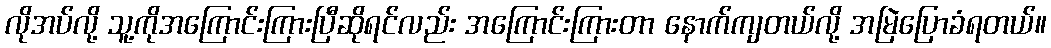
လိုအပ်လို့ သူ့ကိုအကြောင်းကြားပြီဆိုရင်လည်း အကြောင်းကြားတာ နောက်ကျတယ်လို့ အမြဲပြောခံရတယ်။